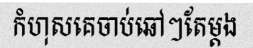
កំហុសគេចាប់ឆៅៗតែម្តង